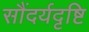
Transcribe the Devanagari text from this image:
सौंदर्यदृष्टि